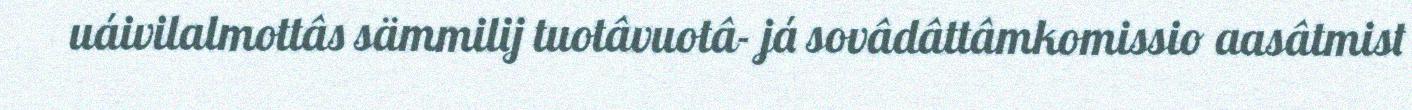
uáivilalmottâs sämmilij tuotâvuotâ- já sovâdâttâmkomissio aasâtmist